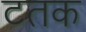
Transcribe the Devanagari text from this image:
टतक